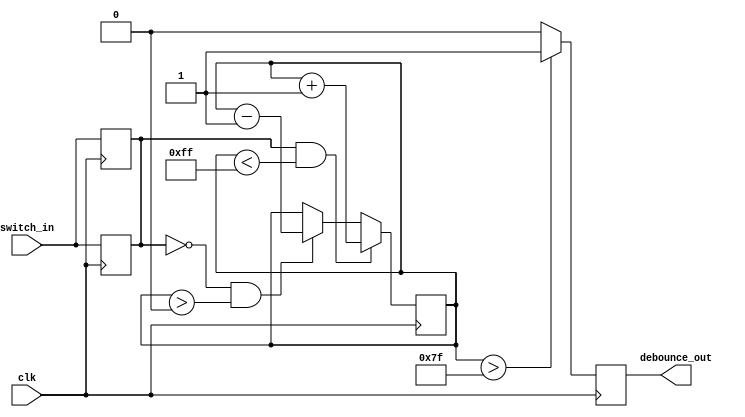
`timescale 1ns / 1ps
// *****************************************************************************
//
// Description:   debounce.v
//                
// *****************************************************************************
// *****************************************************************************
//
// Copyright 2017 ADVANCED MICRO DEVICES, INC.  All Rights Reserved.
//
// AMD is granting you permission to use this software (the Materials)
// pursuant to the terms and conditions of your Software License Agreement
// with AMD.  This header does *NOT* give you permission to use the Materials
// or any rights under AMD's intellectual property.  Your use of any portion
// of these Materials shall constitute your acceptance of those terms and
// conditions.  If you do not agree to the terms and conditions of the Software
// License Agreement, please do not use any portion of these Materials.
//
// CONFIDENTIALITY:  The Materials and all other information, identified as
// confidential and provided to you by AMD shall be kept confidential in
// accordance with the terms and conditions of the Software License Agreement.
//
// LIMITATION OF LIABILITY: THE MATERIALS AND ANY OTHER RELATED INFORMATION
// PROVIDED TO YOU BY AMD ARE PROVIDED "AS IS" WITHOUT ANY EXPRESS OR IMPLIED
// WARRANTY OF ANY KIND, INCLUDING BUT NOT LIMITED TO WARRANTIES OF
// MERCHANTABILITY, NONINFRINGEMENT, TITLE, FITNESS FOR ANY PARTICULAR PURPOSE,
// OR WARRANTIES ARISING FROM CONDUCT, COURSE OF DEALING, OR USAGE OF TRADE.
// IN NO EVENT SHALL AMD OR ITS LICENSORS BE LIABLE FOR ANY DAMAGES WHATSOEVER
// (INCLUDING, WITHOUT LIMITATION, DAMAGES FOR LOSS OF PROFITS, BUSINESS
// INTERRUPTION, OR LOSS OF INFORMATION) ARISING OUT OF AMD'S NEGLIGENCE,
// GROSS NEGLIGENCE, THE USE OF OR INABILITY TO USE THE MATERIALS OR ANY OTHER
// RELATED INFORMATION PROVIDED TO YOU BY AMD, EVEN IF AMD HAS BEEN ADVISED OF
// THE POSSIBILITY OF SUCH DAMAGES.  BECAUSE SOME JURISDICTIONS PROHIBIT THE
// EXCLUSION OR LIMITATION OF LIABILITY FOR CONSEQUENTIAL OR INCIDENTAL DAMAGES,
// THE ABOVE LIMITATION MAY NOT APPLY TO YOU.
//
// AMD does not assume any responsibility for any errors which may appear in
// the Materials or any other related information provided to you by AMD, or
// result from use of the Materials or any related information.
//
// You agree that you will not reverse engineer or decompile the Materials.
//
// NO SUPPORT OBLIGATION: AMD is not obligated to furnish, support, or make any
// further information, software, technical information, know-how, or show-how
// available to you.  Additionally, AMD retains the right to modify the
// Materials at any time, without notice, and is not obligated to provide such
// modified Materials to you.
//
// U.S. GOVERNMENT RESTRICTED RIGHTS: The Materials are provided with
// "RESTRICTED RIGHTS." Use, duplication, or disclosure by the Government is
// subject to the restrictions as set forth in FAR 52.227-14 and
// DFAR252.227-7013, et seq., or its successor.  Use of the Materials by the
// Government constitutes acknowledgement of AMD's proprietary rights in them.
//
// EXPORT ASSURANCE:  You agree and certify that neither the Materials, nor any
// direct product thereof will be exported directly or indirectly, into any
// country prohibited by the United States Export Administration Act and the
// regulations thereunder, without the required authorization from the U.S.
// government nor will be used for any purpose prohibited by the same.
// *****************************************************************************/

//Provides some debouncing for the tact switches.

module debounce(
    input switch_in,
    output reg debounce_out,
    input clk
    );


reg reg_switch_in;
reg [7:0] debounce_ctr;

always @(posedge clk) begin
		reg_switch_in <= switch_in;
end


always @(posedge clk) begin
	if( (reg_switch_in == 1'b1) && (debounce_ctr < 8'hFF) ) begin
		debounce_ctr <=  debounce_ctr + 1'b1;
		end
	else 
		if((reg_switch_in == 1'b0) && (debounce_ctr > 8'h00) ) begin
		debounce_ctr <=  debounce_ctr - 1'b1;
	end
end

always @(posedge clk) begin
		reg_switch_in <= switch_in;
		debounce_out <= (debounce_ctr > 8'h7F) ? 1'b1 : 1'b0 ;
end



endmodule